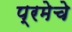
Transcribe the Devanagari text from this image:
प्रमेचे